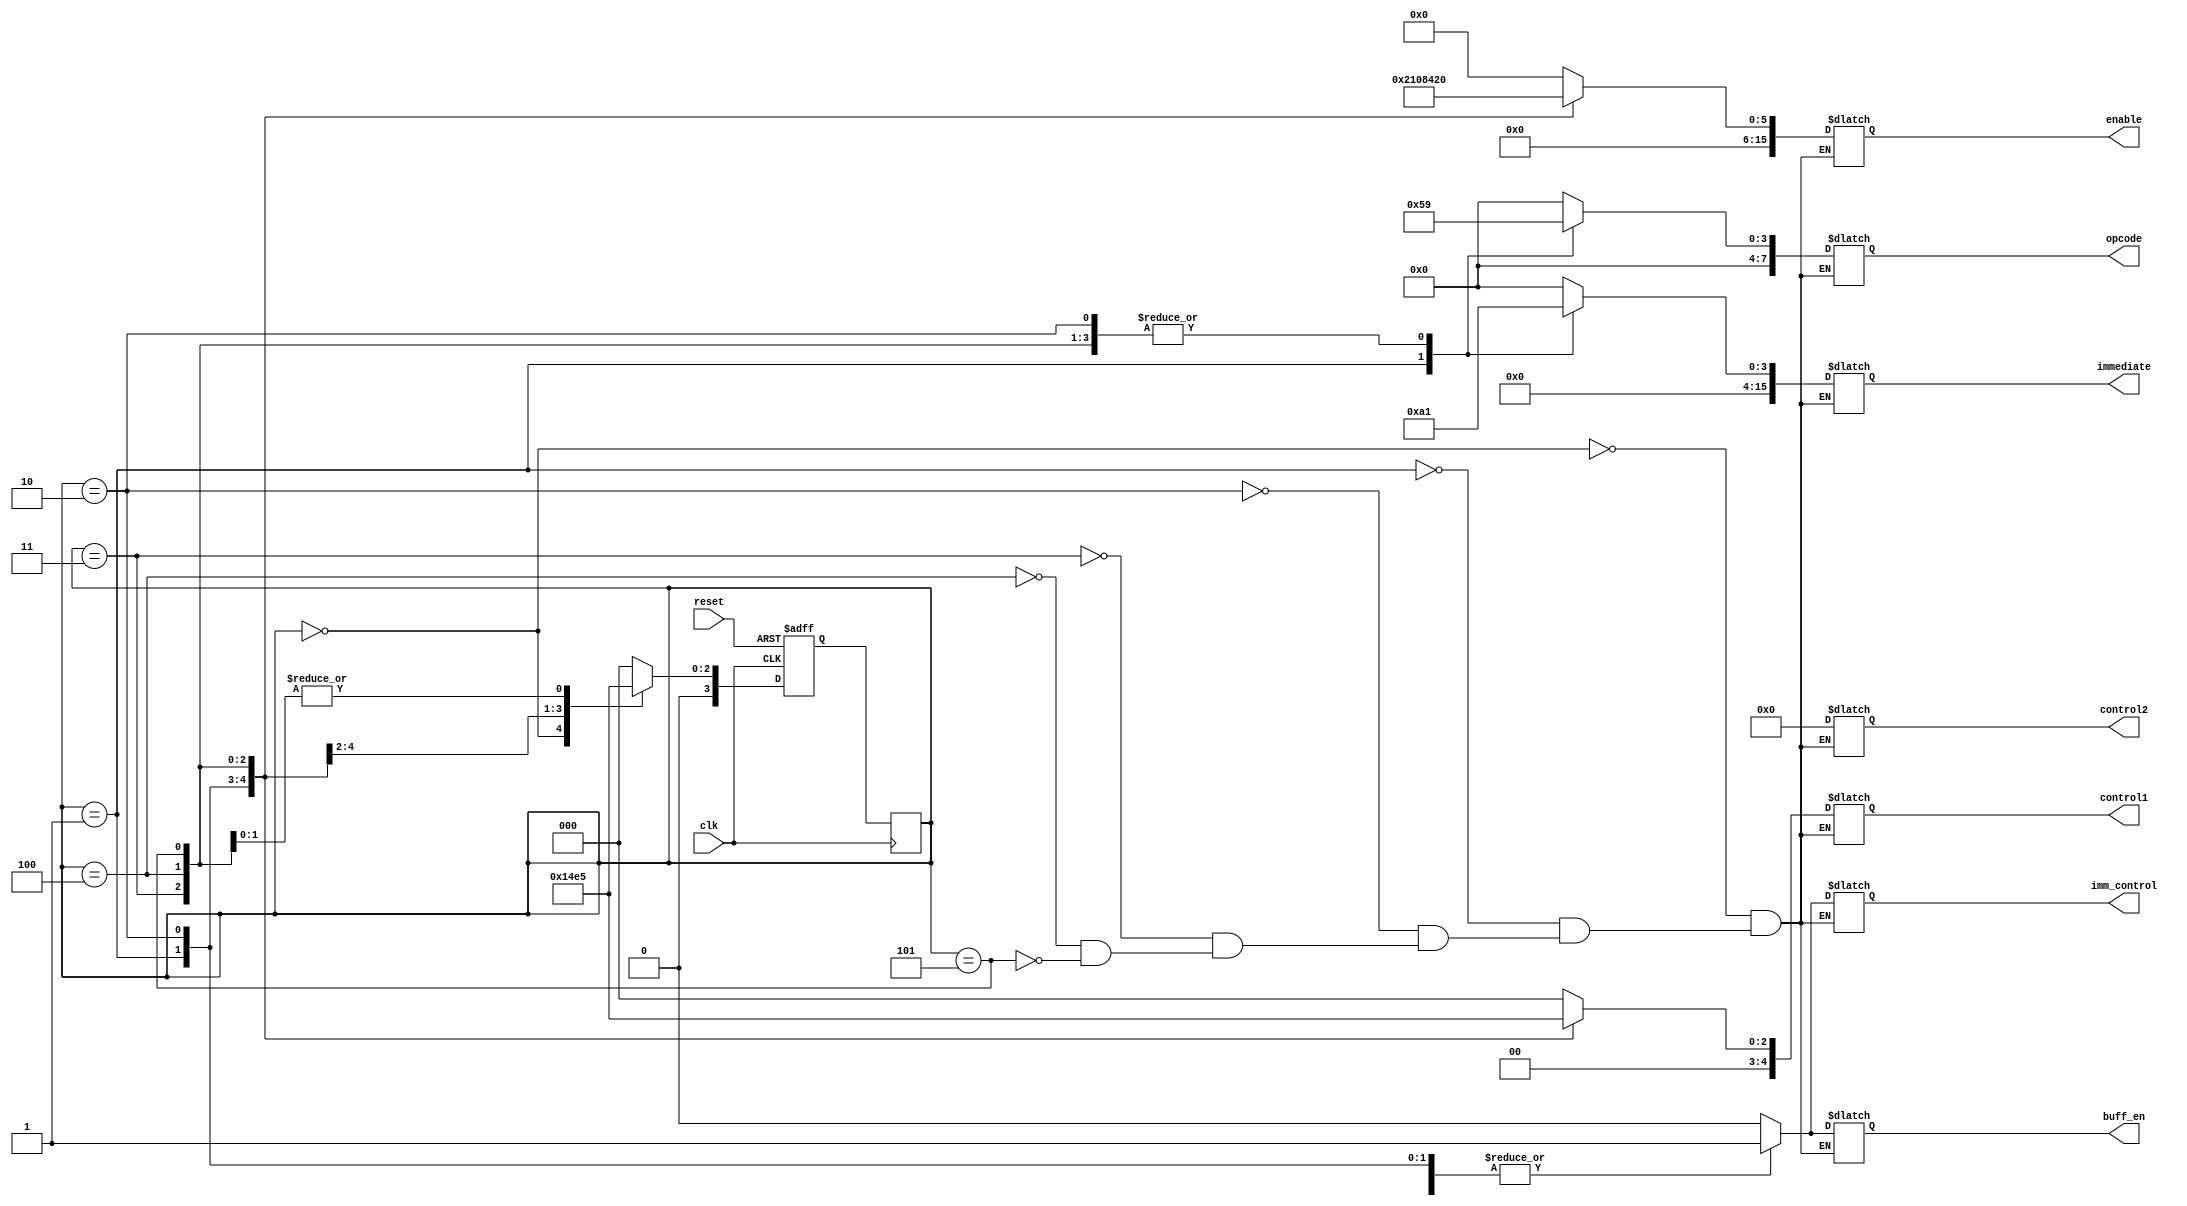
module fsm_sub (clk, reset, immediate, buff_en, enable, control1, control2, imm_control, opcode);

    // Input signals for the FSM
    input clk, reset;
    
    // Enable signals for the data flow
    output reg [15:0] immediate;
    output reg buff_en;
    output reg [15:0]enable; // register 15b
    output reg [4:0]control1;
    output reg [4:0]control2;
    output reg imm_control;
    output reg [7:0]opcode;

    
   // ps -> Previous state, ns -> Next state
   reg [3:0] ps, ns; 
    
   //Need to add more state parameters as needed
   parameter [3:0] s0  = 4'b0000;
   parameter [3:0] s1  = 4'b0001;
   parameter [3:0] s2  = 4'b0010;
   parameter [3:0] s3  = 4'b0011;
   parameter [3:0] s4  = 4'b0100;
	parameter [3:0] s5  = 4'b0101;

       
    //Sequential block, negedge of reset due to push button
    always @ (negedge clk) begin

        ps <= ns;

    end
    
    // Combinational block, responsible fo setting the next state
    always@(posedge clk, negedge reset) begin
		if(reset == 0) begin    
			ns = s0;
		end
		 
		 
		else begin
			// Need to add more stepping
        case(ps)
           s0: ns <= s1;  // EDIT changed s1: ns <= si  to s0: ns <= si
			  s1: ns <= s2;
			  s2: ns <= s3;
			  s3: ns <= s4;
			  s4: ns <= s5;
			  s5: ns <= s5;

           default: ns <= s0;
        endcase
		end
    end


    always@ (ps) begin

        case(ps)
            //reset all enables to 0
			 s0: begin  
                    immediate   = 0;  //Incoming Immediate value              [15:0]
                    enable      = 0;  //Register enable                       [15:0]
                    opcode      = 0;  //Operation code for ALU                [7: 0]
                    control1    = 0;  //control code for mux on the left      [4: 0]
                    control2    = 0;  //control code for mux on the right     [4: 0]
                    imm_control = 0;  //control code for immediate value      [1bit]
                    buff_en     = 0;  //enable signal for ALU output          [1bit]
                end
			 
			 // Step 1: R1 = 0+10 = 10
            s1: begin  
                    immediate   = 16'b0000000000001010; 
                    enable      = 16'b0000000000000010;//r1                 
                    opcode      = 8'b00000101;                     
                    control1    = 5'b00001;//r0             // enable left mux
                    control2    = 0;     
                    imm_control = 1;       //immediate               
                    buff_en     = 1;                    
                end
					 
					// R2 = r1 - 1 = 9
            s2: begin  
                    immediate   = 16'b0000000000000001; 
                    enable      = 16'b0000000000000100;//r2                 
                    opcode      = 8'b00001001;                     
                    control1    = 5'b00010;//r1             // enable left mux
                    control2    = 0;     
                    imm_control = 1;       //immediate               
                    buff_en     = 1;                    
                end
					 
					 	// R3 = r2 - 1 = 8
            s3: begin  
                    immediate   = 16'b0000000000000001; 
                    enable      = 16'b0000000000001000;//r3                 
                    opcode      = 8'b00001001;                     
                    control1    = 5'b00011;//r2             // enable left mux
                    control2    = 0;     
                    imm_control = 1;       //immediate               
                    buff_en     = 1;                    
                end
			 
			 // R4 = r3 - 1 = 7
            s4: begin  
                    immediate   = 16'b0000000000000001; 
                    enable      = 16'b0000000000010000;//r4                 
                    opcode      = 8'b00001001;                     
                    control1    = 5'b00100;//r3             // enable left mux
                    control2    = 0;     
                    imm_control = 1;       //immediate               
                    buff_en     = 1;                    
                end
					 
					 // R5 = r4 - 1 = 6
            s5: begin  
                    immediate   = 16'b0000000000000001; 
                    enable      = 16'b0000000000100000;//r5                 
                    opcode      = 8'b00001001;                     
                    control1    = 5'b00101;//r4            // enable left mux
                    control2    = 0;     
                    imm_control = 1;       //immediate               
                    buff_en     = 1;                    
                end
                            
        endcase
    end
endmodule